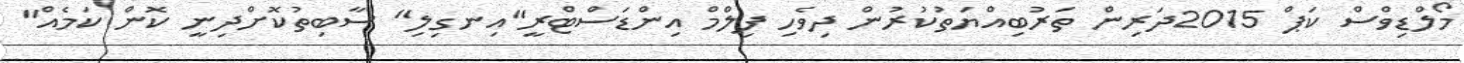
މޯލްޑިވްސް ކަޕް 2015ދަރިން ތަރުބިއްޔަތުކުރުން ދިވެހި ފިލްމް އިންޑަސްޓްރީ"އިނގިލި" ސާބިތުކޮށްދިނީ ކޮން ކަމެއް"